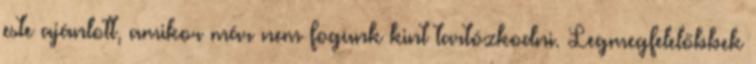
este ajánlott, amikor már nem fogunk kint tartózkodni. Legmegfelelőbbek